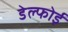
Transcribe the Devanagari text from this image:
डेल्फोई